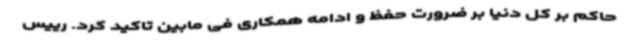
حاکم بر کل دنیا بر ضرورت حفظ و ادامه همکاری فی مابین تاکید کرد. رییس